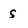
Character: s